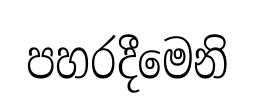
පහරදීමෙනි